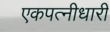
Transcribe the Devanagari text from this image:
एकपत्नीधारी